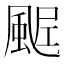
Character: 𩗑